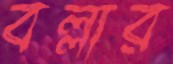
বল্লার